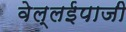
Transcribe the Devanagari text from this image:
वेल्लईपाजी